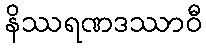
နိဿရဏဒဿာဝီ